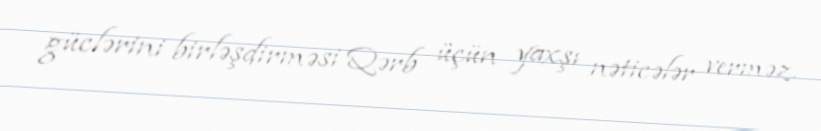
güclərini birləşdirməsi Qərb üçün yaxşı nəticələr verməz.